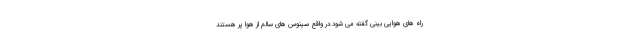
راه های هوایی بینی گفته می شود.در واقع سینوس های سالم از هوا پر هستند